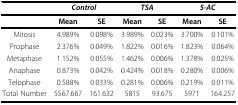
<table><thead><tr><td></td><td colspan="2"><b><i>Control</i></b></td><td colspan="2"><b><i>TSA</i></b></td><td colspan="2"><b><i>5-AC</i></b></td></tr></thead><tbody><tr><td></td><td><b>Mean</b></td><td><b>SE</b></td><td><b>Mean</b></td><td><b>SE</b></td><td><b>Mean</b></td><td><b>SE</b></td></tr><tr><td>Mitosis</td><td>4.989%</td><td>0.098%</td><td>3.989%</td><td>0.023%</td><td>3.700%</td><td>0.101%</td></tr><tr><td>Prophase</td><td>2.376%</td><td>0.049%</td><td>1.822%</td><td>0.016%</td><td>1.823%</td><td>0.064%</td></tr><tr><td>Metaphase</td><td>1.152%</td><td>0.055%</td><td>1.462%</td><td>0.006%</td><td>1.378%</td><td>0.025%</td></tr><tr><td>Anaphase</td><td>0.873%</td><td>0.042%</td><td>0.424%</td><td>0.018%</td><td>0.280%</td><td>0.006%</td></tr><tr><td>Telophase</td><td>0.588%</td><td>0.033%</td><td>0.281%</td><td>0.006%</td><td>0.219%</td><td>0.011%</td></tr><tr><td>Total Number</td><td>5567.667</td><td>161.632</td><td>5815</td><td>93.675</td><td>5971</td><td>164.257</td></tr></tbody></table>